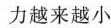
力越来越小